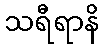
သရီရာနိ